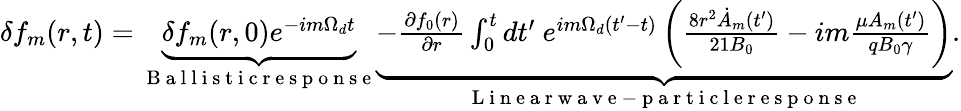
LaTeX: \begin{array}{r}{\delta f_{m}(r,t)=\underbrace{\delta f_{m}(r,0)e^{-im\Omega_{d}t}}_{\mathrm{~B~a~l~l~i~s~t~i~c~r~e~s~p~o~n~s~e~}}\underbrace{-\frac{\partial f_{0}(r)}{\partial r}\int_{0}^{t}dt^{\prime}\ e^{im\Omega_{d}(t^{\prime}-t)}\left(\frac{8r^{2}\dot{A}_{m}(t^{\prime})}{21B_{0}}-im\frac{\mu A_{m}(t^{\prime})}{qB_{0}\gamma}\right)}_{\mathrm{~L~i~n~e~a~r~w~a~v~e~-~p~a~r~t~i~c~l~e~r~e~s~p~o~n~s~e~}}.}\end{array}